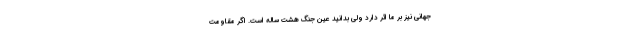
جهانی نیز بر ما اثر دارد ولی بدانید عین جنگ هشت ساله است. اگر مقاومت